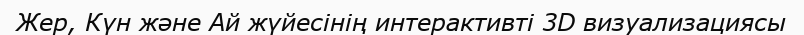
Жер, Күн және Ай жүйесінің интерактивті 3D визуализациясы